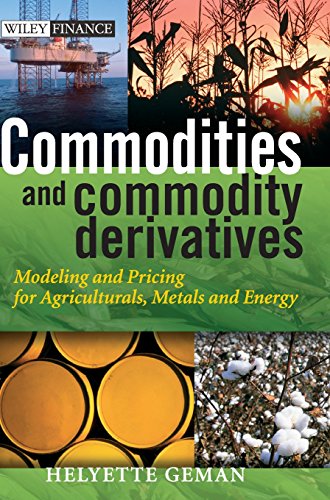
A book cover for Commodities and Commodity Derivatives: Modelling and Pricing for Agriculturals, Metals and Energy; Helyette Geman; Business & Money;